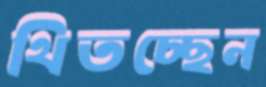
থিতচ্ছেন